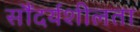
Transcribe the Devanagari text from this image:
सौंदर्यशीलता